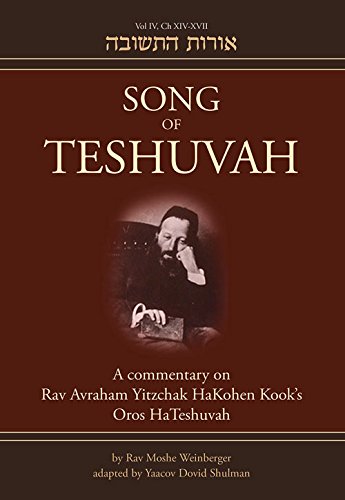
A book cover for Song of Teshuvah: Book Four: A Commentary on Rav Avraham Yitzchak HaKohen Kook's Oros HaTeshuvah; Rav Moshe Weinberger; Religion & Spirituality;